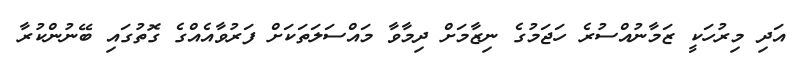
އަދި މިރުހަކީ ޒަމާނުއްސުރެ ހަޖަމުގެ ނިޒާމަށް ދިމާވާ މައްސަލަތަކަށް ފަރުވާއެއްގެ ގޮތުގައި ބޭނުންކުރާ